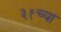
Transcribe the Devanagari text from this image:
३१च्या